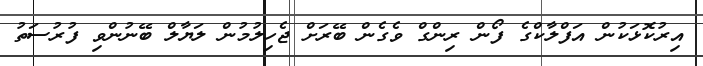
އިރުކޮޅަކުން އަފްލާކްގެ ފޯން ރިންގް ވެގެން ބޭރަށް ޖެހިލުމުން ލަޔާލް ބޭނުންވި ފުރުސަތު